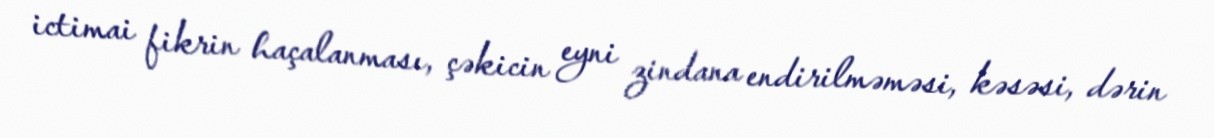
ictimai fikrin haçalanması, çəkicin eyni zindana endirilməməsi, kəsəsi, dərin